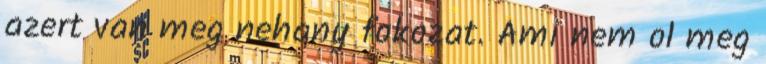
azert van meg nehany fokozat. Ami nem ol meg